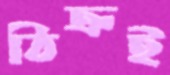
ঠিক্‌রই